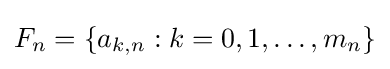
F_{n}=\{a_{k,n}:k=0,1,\ldots ,m_{n}\}